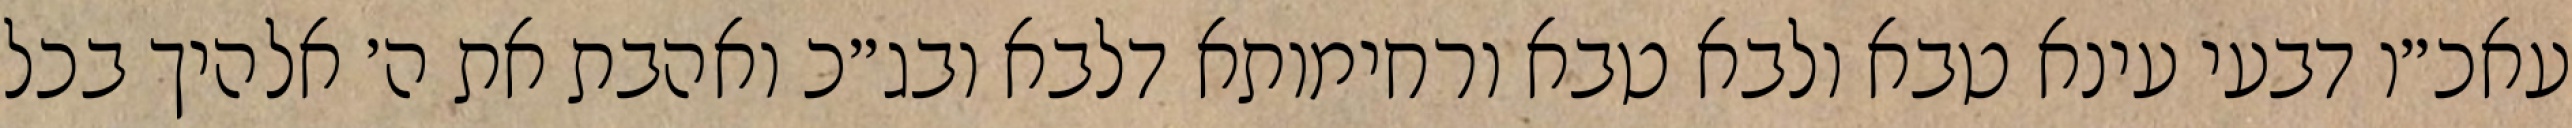
עאכ״ו דבעי עינא טבא ולבא טבא ורחימותא דלבא ובג״כ ואהבת את ה׳ אלהיך בכל